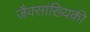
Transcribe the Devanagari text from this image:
जैवसांख्‍यिकी